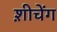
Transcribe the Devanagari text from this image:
श़ीचेंग